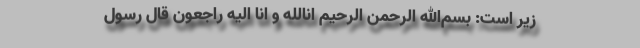
زیر است: بسم‌الله الرحمن الرحیم انالله و انا الیه راجعون قال رسول